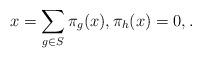
LaTeX: \begin{align*}\mbox{ }x=\sum_{g\in S}\pi_g(x), \pi_h(x)=0,.\end{align*}